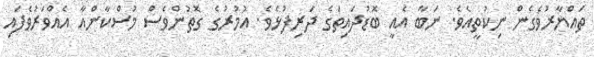
ތައްޔާރުވެގެން ނިކުތީއެވެ. ނަބާ އެއީ ބޮޑުދައިތަގެ ދަރިފުޅެވެ. އުމުރުގެ ގޮތުންވެސް މުސްކާންއާ އެއްވަރުވެފައި